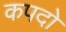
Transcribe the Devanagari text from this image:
कपदो